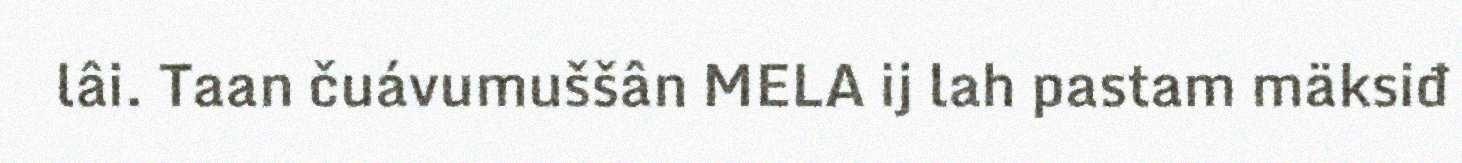
lâi. Taan čuávumuššân MELA ij lah pastam mäksiđ